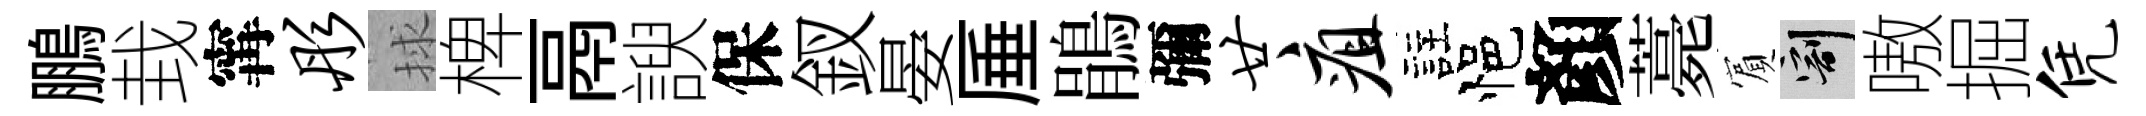
鵬㘽𡩋彤捄椑鬲諛保釵晏厜鵑彌廿疽註悒顏薧賔割嗷掘凭